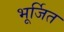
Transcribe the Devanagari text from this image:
भूर्जित